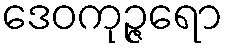
ဒေဝကုဉ္ဇရော